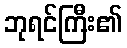
ဘုရင်ကြီး၏